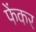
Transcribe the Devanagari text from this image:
फेंकर